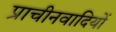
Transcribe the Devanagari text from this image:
प्राचीनवादियों